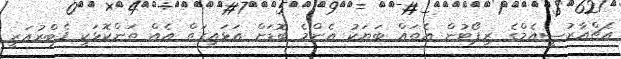
އެޗްއާރުސީއެމްގެ ރިޕޯޓުން އެތައް ބަޔަކު އެންމެ ބޮޑަށް އަޅައިގަތް އެއް ތަންކޮޅަކީ ފެބްރުއަރީ